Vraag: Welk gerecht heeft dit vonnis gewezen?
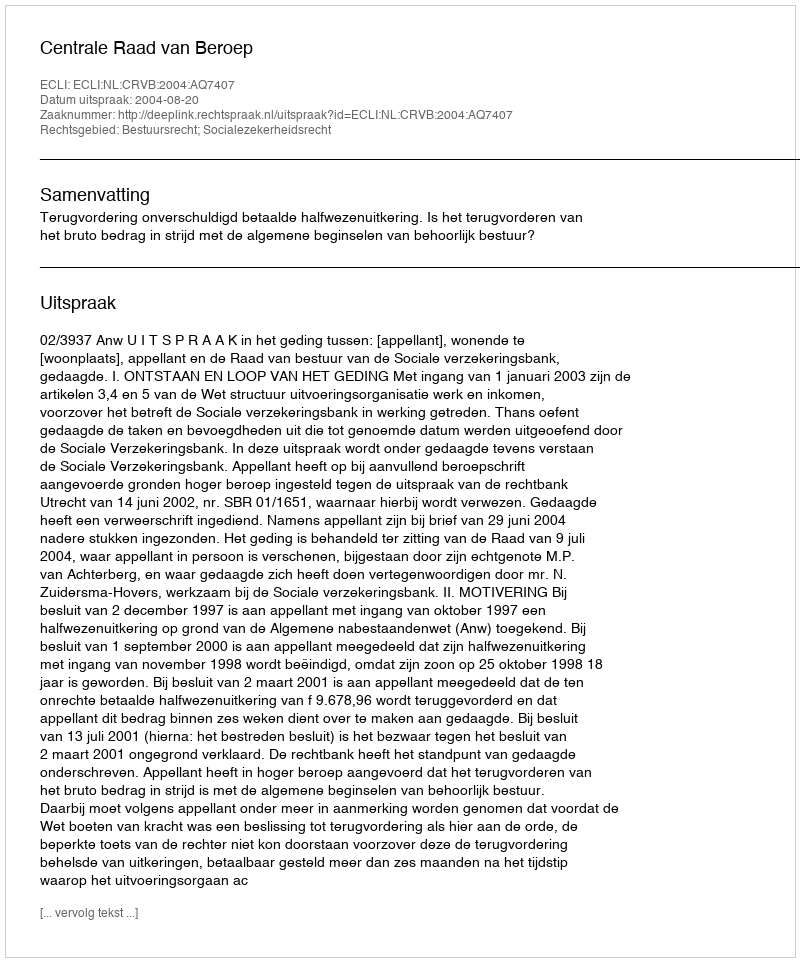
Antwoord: Centrale Raad van Beroep